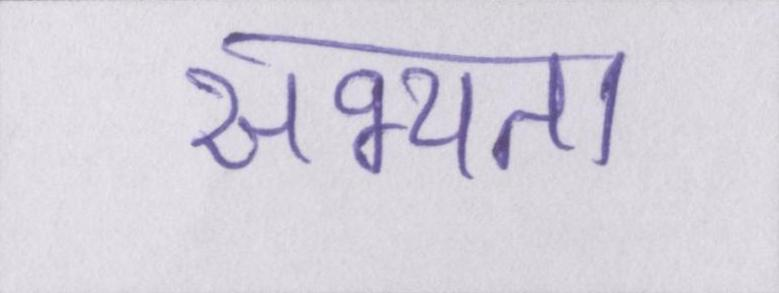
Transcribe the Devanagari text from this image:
सभ्यता